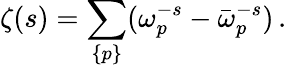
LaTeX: \zeta(s)=\sum_{\{ p\} }(\omega_{p}^{-s}-\bar{\omega}_{p}^{-s})\, {.}